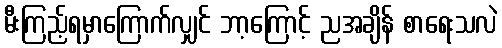
မီးကြည့်ရမှာကြောက်လျှင် ဘာ့ကြောင့် ညအချိန် စာရေးသလဲ